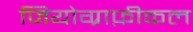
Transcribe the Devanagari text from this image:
जियोग्राफ़ीकल